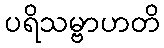
ပရိသမ္ဗာဟတိ